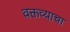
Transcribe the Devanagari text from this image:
वक्तव्याचा